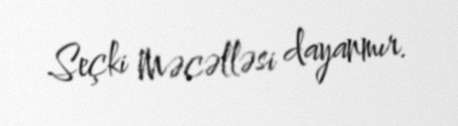
Seçki Məcəlləsi dayanmır.